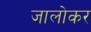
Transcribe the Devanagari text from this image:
जालोकर